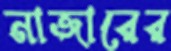
নাজারের